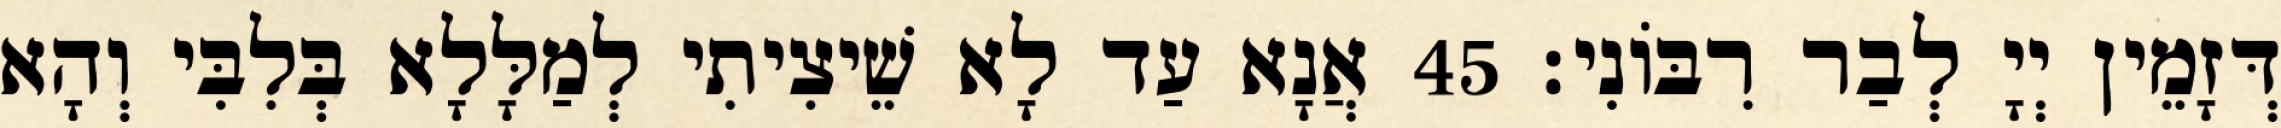
דְּזָמֵין יְיָ לְבַר רִבּוֹנִי׃ 45 אֲנָא עַד לָא שֵׁיצִיתִי לְמַלָּלָא בְּלִבִּי וְהָא